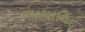
ભાષાવિદ